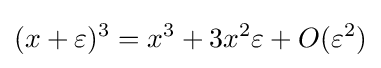
(x+\varepsilon )^{3}=x^{3}+3x^{2}\varepsilon +O(\varepsilon ^{2})